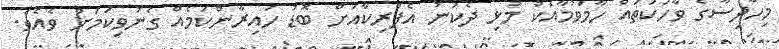
މިހާދިސާގެ ވާހަކަތައް ހާމަވުމާއެކު މުޅި ދެކުނު އެފްރިކާއަށް ބޮޑު ހައިރާންކަމެއް ގެނުވިކަމަށް ވެއެވެ.